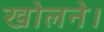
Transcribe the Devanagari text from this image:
खोलने।